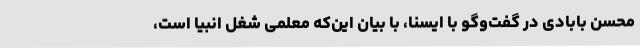
محسن بابادی در گفت‌وگو با ایسنا، با بیان این‌که معلمی شغل انبیا است،